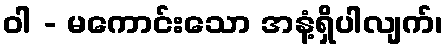
ဝါ - မကောင်းသော အနံ့ရှိပါလျက်၊